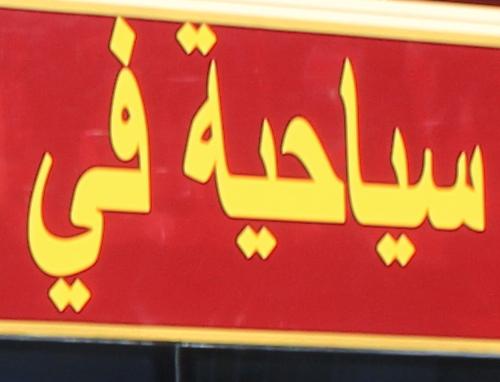
سياحيةفي